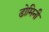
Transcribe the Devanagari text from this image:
डोमिनी